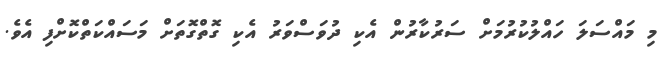
މި މައްސަލަ ހައްލުކުރުމަށް ސަރުކާރުން އެކި ދުވަސްވަރު އެކި ގޮތްގޮތަށް މަސައްކަތްކޮށްފި އެވެ.